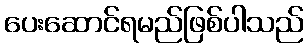
ပေးဆောင်ရမည်ဖြစ်ပါသည်